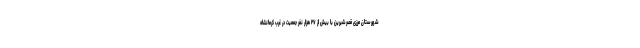
شهرستان مرزی قصرشیرین با بیش از ۲۷ هزار نفر جمعیت در غرب کرمانشاه